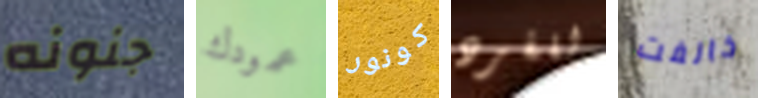
جنونه عمودك كونور للفرد خالفت